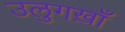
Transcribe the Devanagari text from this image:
उलुगख़ाँ